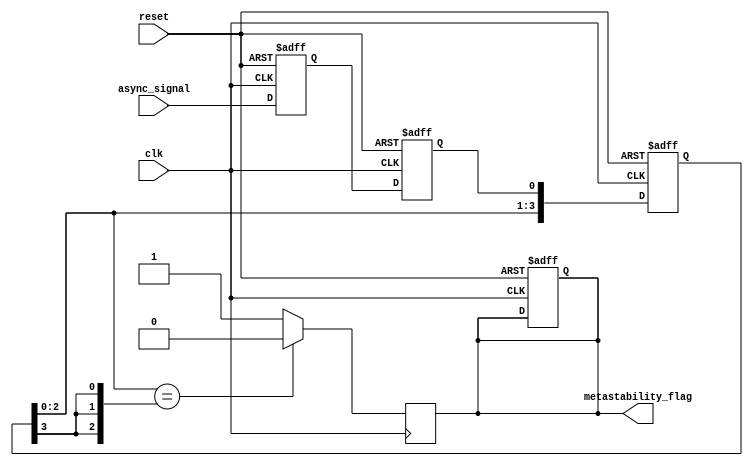
module metastability_detector (
    input wire clk,              // Clock signal
    input wire reset,            // Reset signal
    input wire async_signal,     // Asynchronous input signal to monitor
    output reg metastability_flag // Output flag indicating metastability
);
    
    // Parameters
    parameter N = 4; // Number of samples for metastability detection
    reg [N-1:0] latch_out; // Memory block to store latch outputs
    reg latch1, latch2;     // Two latches for capturing the input signal

    // Latch behavior
    always @(posedge clk or posedge reset) begin
        if (reset) begin
            latch1 <= 1'b0;
            latch2 <= 1'b0;
            latch_out <= 0;
            metastability_flag <= 1'b0;
        end else begin
            // Sample the async signal with two latches
            latch1 <= async_signal;  // First latch captures input signal
            latch2 <= latch1;        // Second latch captures output of the first latch
            
            // Shift in the new latch output into memory block
            latch_out <= {latch_out[N-2:0], latch2};
        end
    end

    // Metastability detection logic
    always @(posedge clk) begin
        // Check if the last N outputs are the same
        if (latch_out == {N{latch_out[N-1]}}) begin
            metastability_flag <= 1'b0; // No metastability detected
        end else begin
            metastability_flag <= 1'b1; // Metastability condition detected
        end
    end

endmodule